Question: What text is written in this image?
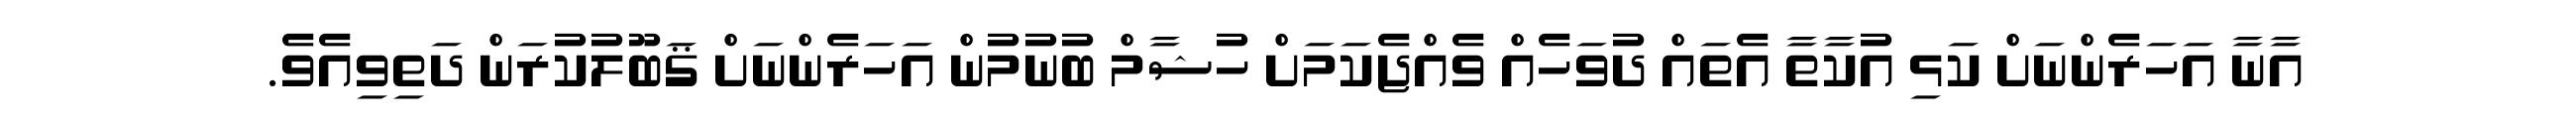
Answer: އާނާ އަހަރެންނަށް ކަޅި އުކާތާ އެތައް ދުވަހެއް ވެއްޖެކަމަށް ހުޝާމް ބުނުމުން އަހަރެންނަށް ޤަބޫލުކުރަން ދަތިވިއެވެ.